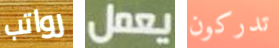
رواتب يعمل تدركون